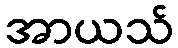
အာယသ်